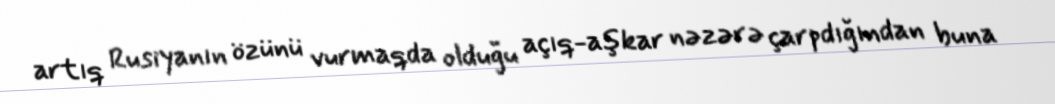
artıq Rusiyanın özünü vurmaqda olduğu açıq-aşkar nəzərə çarpdığından buna